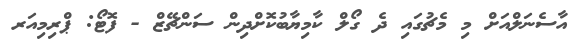
އާސެނަލްއަށް މި މެޗުގައި ދެ ގޯލް ކާމިޔާބުކޮށްދިން ސަންޗޭޒް - ފޮޓޯ: ޕްރިމިއަރ